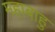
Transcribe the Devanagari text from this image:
महाबाहु